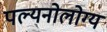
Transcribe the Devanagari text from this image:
पल्यनोलोग्य